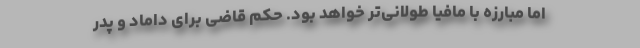
اما مبارزه با مافیا طولانی‌تر خواهد بود. حکم قاضی برای داماد و پدر